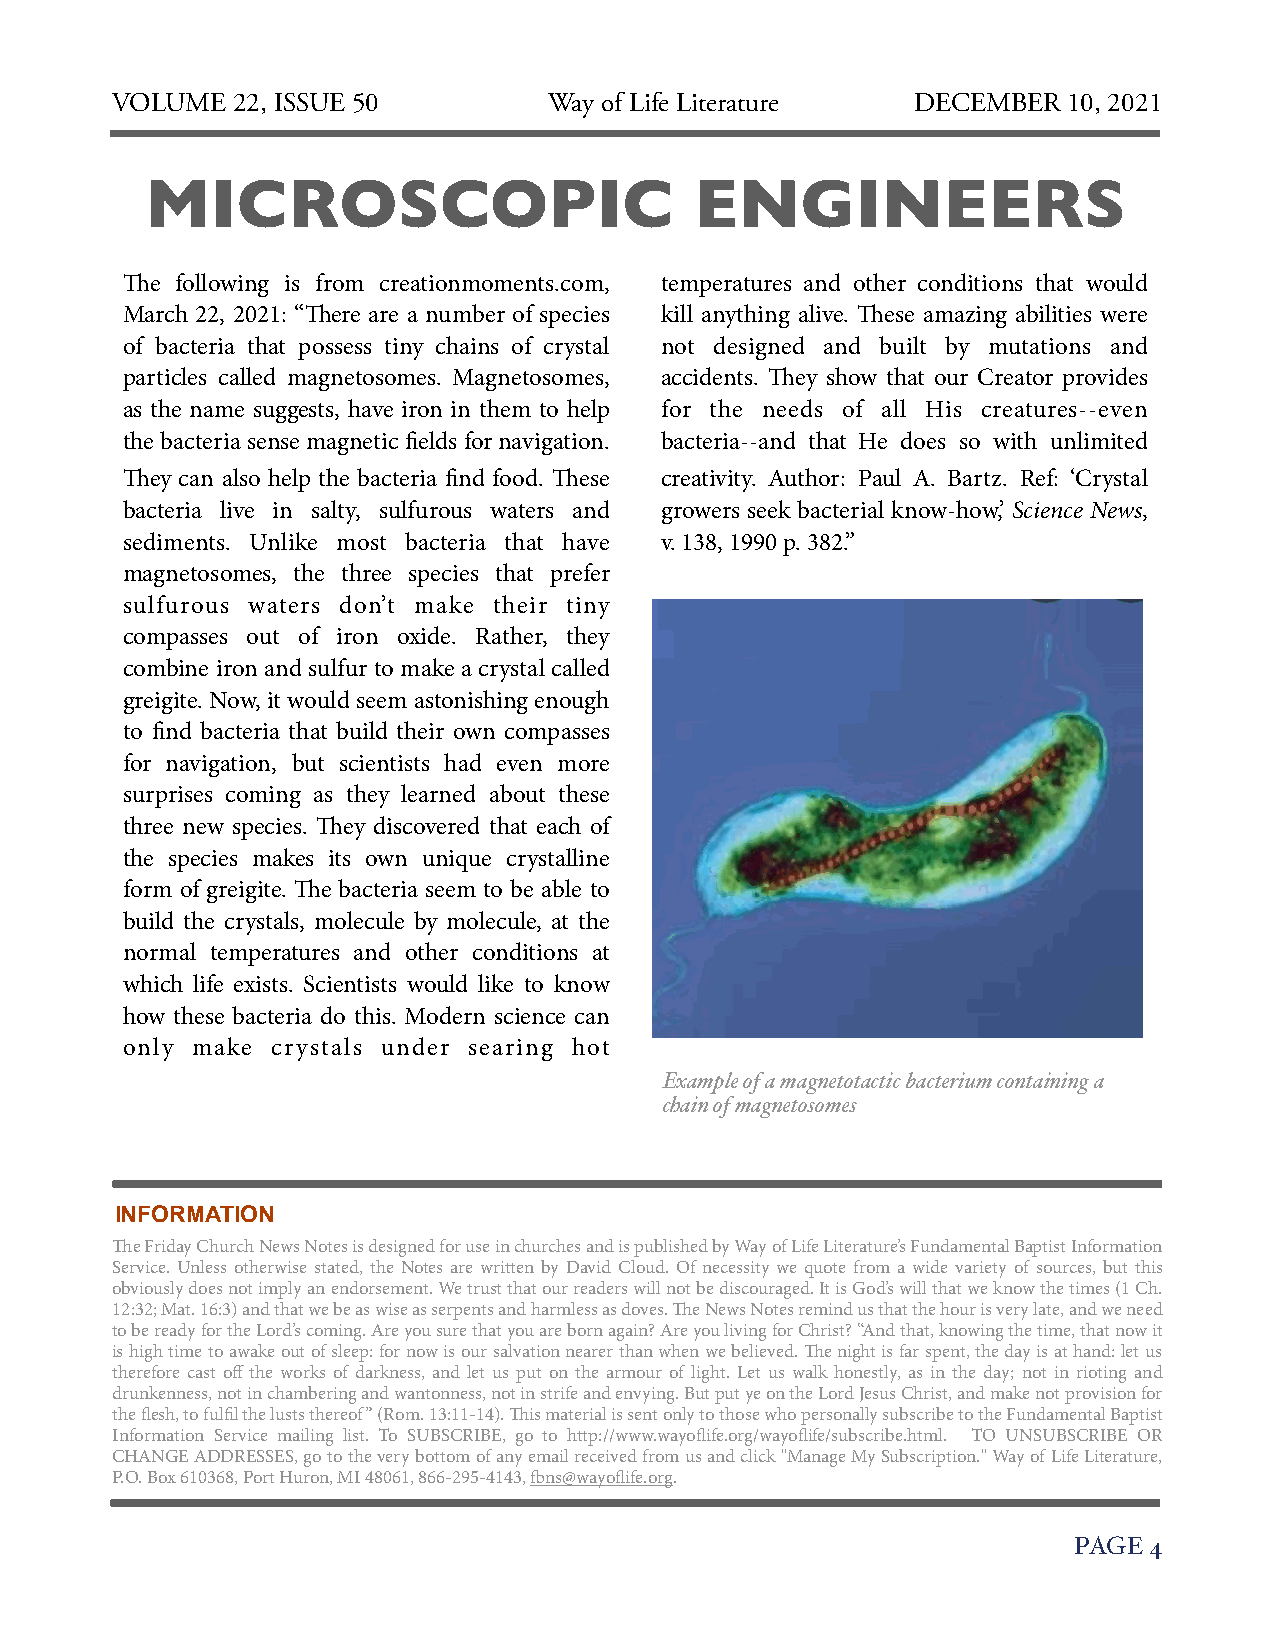
VOLUME  22, ISSUE 50         Way of Life Literature   DECEMBER  10, 2021
 MICROSCOPIC                         ENGINEERS
 The following is from creationmoments.com, temperatures and other conditions that would
 March 22, 2021: “There are a number of species kill anything alive. These amazing abilities were
 of bacteria that possess tiny chains of crystal not designed and built by mutations and
 particles called magnetosomes. Magnetosomes, accidents. They show that our Creator provides
 as the name suggests, have iron in them to help for the needs of all His creatures--even
 the bacteria sense magnetic fields for navigation. bacteria--and that He does so with unlimited
 They can also help the bacteria find food. These creativity. Author: Paul A. Bartz. Ref: ‘Crystal
 bacteria live in salty, sulfurous waters and growers seek bacterial know-how,’ Science News,
 sediments. Unlike most bacteria that have v. 138, 1990 p. 382.”
 magnetosomes, the three species that prefer
 sulfurous waters don’t make their tiny
 compasses out of iron oxide. Rather, they
 combine iron and sulfur to make a crystal called
 greigite. Now, it would seem astonishing enough
 to find bacteria that build their own compasses
 for navigation, but scientists had even more
 surprises coming as they learned about these
 three new species. They discovered that each of
 the species makes its own unique crystalline
 form of greigite. The bacteria seem to be able to
 build the crystals, molecule by molecule, at the
 normal temperatures and other conditions at
 which life exists. Scientists would like to know
 how these bacteria do this. Modern science can
 only make crystals under searing hot
 Example of a magnetotactic bacterium containing a
 chain of magnetosomes
 INFORMATION
 The Friday Church News Notes is designed for use in churches and is published by Way of Life Literature’s Fundamental Baptist Information
 Service. Unless otherwise stated, the Notes are written by David Cloud. Of necessity we quote from a wide variety of sources, but this
 obviously does not imply an endorsement. We trust that our readers will not be discouraged. It is God’s will that we know the times (1 Ch.
 12:32; Mat. 16:3) and that we be as wise as serpents and harmless as doves. The News Notes remind us that the hour is very late, and we need
 to be ready for the Lord’s coming. Are you sure that you are born again? Are you living for Christ? “And that, knowing the time, that now it
 is high time to awake out of sleep: for now is our salvation nearer than when we believed. The night is far spent, the day is at hand: let us
 therefore cast off the works of darkness, and let us put on the armour of light. Let us walk honestly, as in the day; not in rioting and
 drunkenness, not in chambering and wantonness, not in strife and envying. But put ye on the Lord Jesus Christ, and make not provision for
 the flesh, to fulfil the lusts thereof” (Rom. 13:11-14). This material is sent only to those who personally subscribe to the Fundamental Baptist
 Information Service mailing list. To SUBSCRIBE, go to http://www.wayoflife.org/wayoflife/subscribe.html. TO UNSUBSCRIBE OR
 CHANGE ADDRESSES, go to the very bottom of any email received from us and click "Manage My Subscription." Way of Life Literature,
 P.O. Box 610368, Port Huron, MI 48061, 866-295-4143, fbns@wayoflife.org.
 PAGE 4